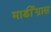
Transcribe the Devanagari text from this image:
मार्डीग्रास